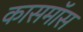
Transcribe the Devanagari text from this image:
कासमॉस